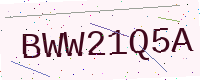
Text: BWW21Q5A